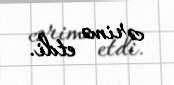
cərimə etdi.